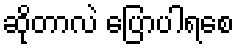
ဆိုတာလဲ ပြောပါရစေ